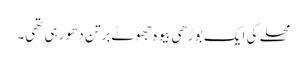
محلے کی ایک بوڑھی بیوہ جھوٹے برتن دھو رہی تھی۔